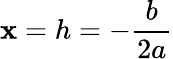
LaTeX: \mathbf{x}=h=-{\frac{{b}}{{2a}}}